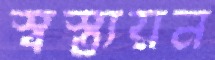
স্বস্ত্যয়ন